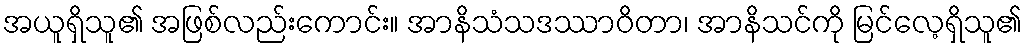
အယူရှိသူ၏ အဖြစ်လည်းကောင်း။ အာနိသံသဒဿာဝိတာ၊ အာနိသင်ကို မြင်လေ့ရှိသူ၏